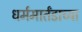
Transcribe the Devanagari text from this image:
धर्ममार्तंडाच्या